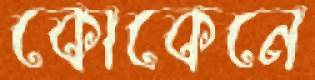
কোকেনে